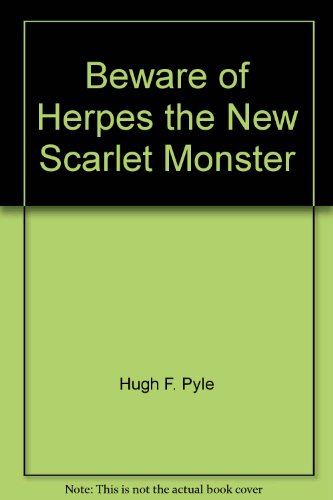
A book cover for Beware of Herpes, the New Scarlet Monster; Hugh F. Pyle; Health, Fitness & Dieting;